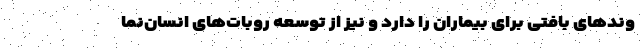
وندهای بافتی برای بیماران را دارد و نیز از توسعه روبات‌های انسان‌نما